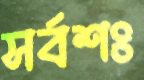
সর্বশঃ